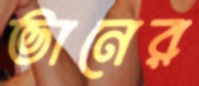
ভানের